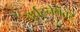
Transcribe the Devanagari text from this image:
दुर्घटनेनंतर